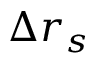
\Delta r _ { s }